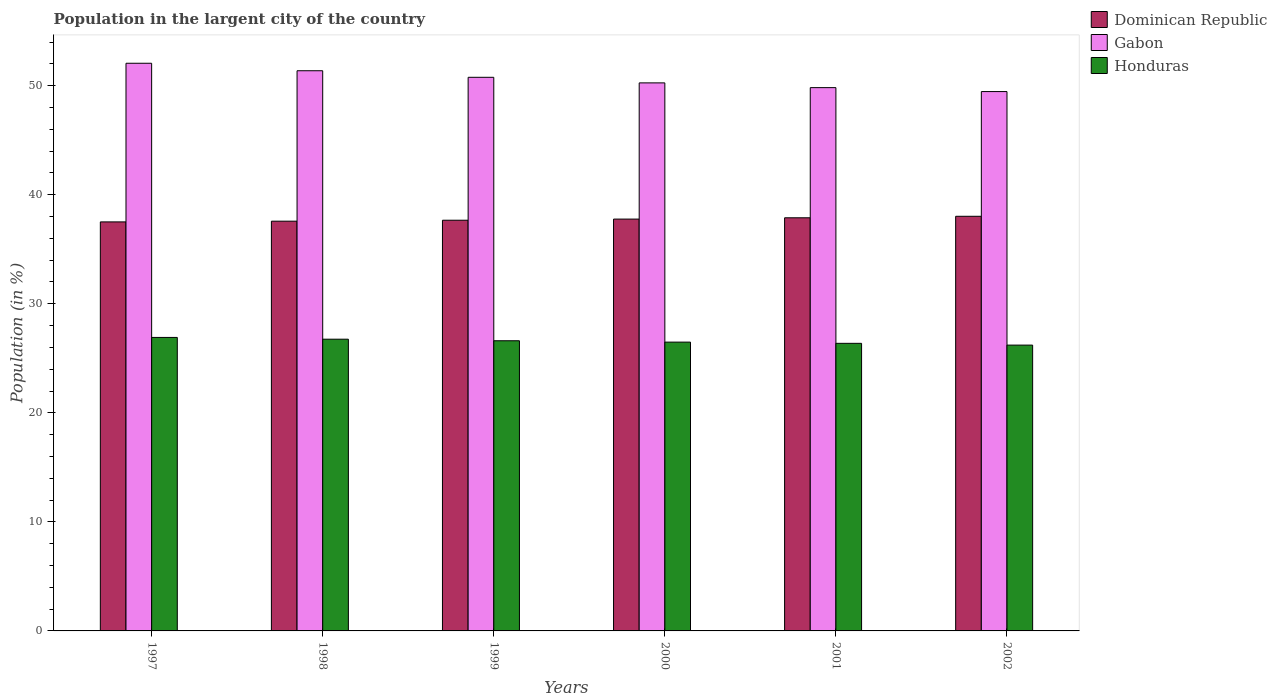
| Years | Dominican Republic | Gabon | Honduras |
 | --- | --- | --- | --- |
 | 1997 | 37.5 | 52.1 | 26.9 |
 | 1998 | 37.6 | 51.4 | 26.8 |
 | 1999 | 37.7 | 50.8 | 26.6 |
 | 2000 | 37.8 | 50.3 | 26.5 |
 | 2001 | 37.9 | 49.8 | 26.4 |
 | 2002 | 38 | 49.5 | 26.2 |